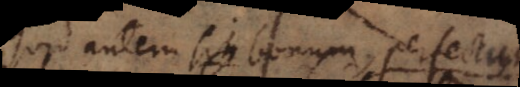
Quid autem sit bonum, perfectum,